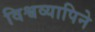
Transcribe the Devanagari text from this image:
विश्वव्यापिने